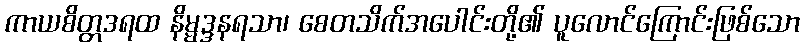
ကာယစိတ္တဒရထ နိမ္မဒ္ဒနရသာ၊ စေတသိက်အပေါင်းတို့၏ ပူလောင်ကြောင်းဖြစ်သော